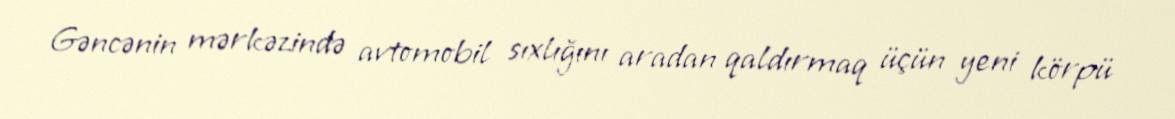
Gəncənin mərkəzində avtomobil sıxlığını aradan qaldırmaq üçün yeni körpü